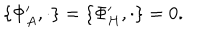
\{ \Phi _ { A } ^ { \prime } , \cdot \} = \{ \Phi _ { H } ^ { \prime } , \cdot \} = 0 .